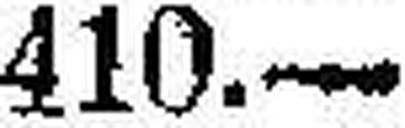
410.—